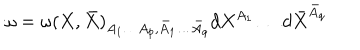
LaTeX: \omega = \omega ( X , \bar { X } ) _ { A _ { 1 } \ldots A _ { p } , \bar { A } _ { 1 } \ldots \bar { A } _ { q } } d X ^ { A _ { 1 } } \ldots d \bar { X } ^ { \bar { A } _ { q } }